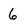
Character: 6